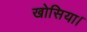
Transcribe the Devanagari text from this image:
खोसिया।